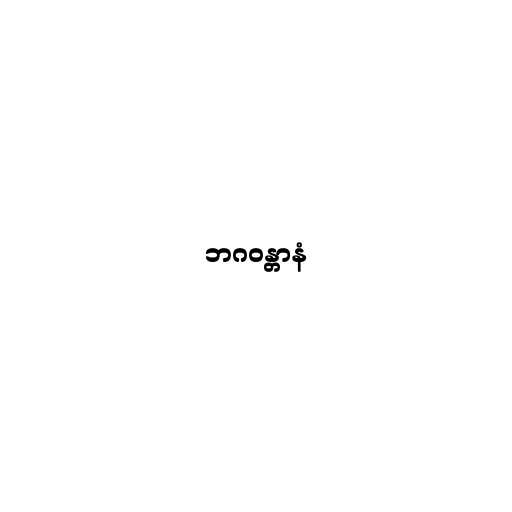
ဘဂဝန္တာနံ